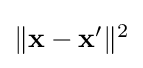
\textstyle \|\mathbf {x} -\mathbf {x'} \|^{2}